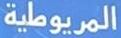
المريوطية